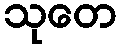
သုတေ